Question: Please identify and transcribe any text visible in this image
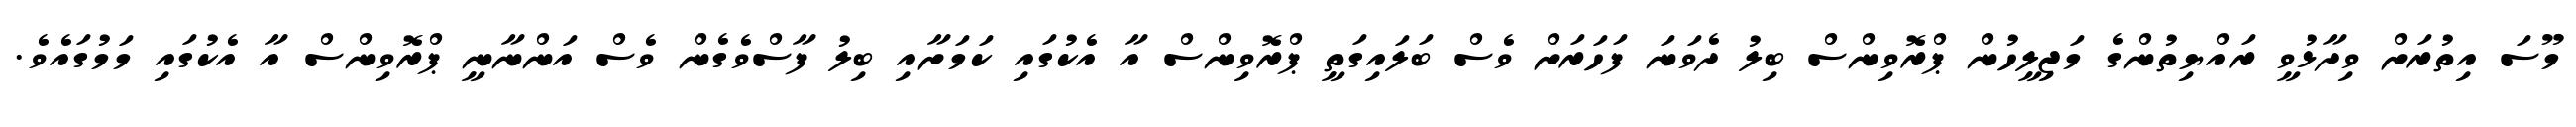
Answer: މޫސަ އިތުރަށް ވިދާޅުވީ ރައްޔިތުންގެ މަޖިލީހުން ޕްރޮވިންސް ބިލު ދެވަނަ ފަހަރަށް ވެސް ބަލައިގަތީ ޕްރޮވިންސް އާ އެކުގައި ކަމަށާއި ބިލު ފާސްވެގެން ވެސް އަންނާނީ ޕްރޮވިންސް އާ އެކުގައި މަމުގައެވެ.